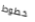
خطوط